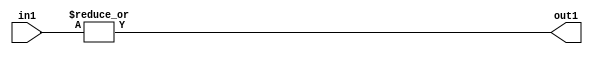
`timescale 1ps / 1ps
/*****************************************************************************
    Verilog RTL Description
    
    
    Created by: CellMath Designer 2019.1.01 
*******************************************************************************/

module fp_cmp_OrReduction_2S_1U_1 (
	in1,
	out1
	); /* architecture "behavioural" */ 
input [1:0] in1;
output  out1;
wire  asc001;

assign asc001 = 
	(|in1);

assign out1 = asc001;
endmodule

/* CADENCE  urb3Qww= : u9/ySgnWtBlWxVPRXgAZ4Og= ** DO NOT EDIT THIS LINE ******/